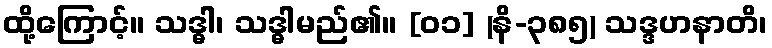
ထို့ကြောင့်။ သဒ္ဓါ၊ သဒ္ဓါမည်၏။ [၀၁] (နိ-၃၈၅) သဒ္ဒဟနာတိ၊